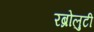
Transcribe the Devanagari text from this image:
रब्रोलुटी